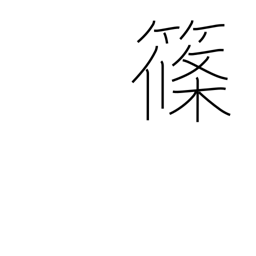
Meaning: bamboo grass